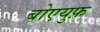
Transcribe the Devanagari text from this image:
बोएयुफ़